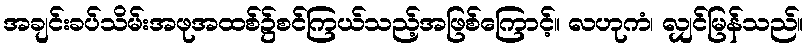
အချင်းခပ်သိမ်းအဖုအထစ်၌စင်ကြယ်သည့်အဖြစ်ကြောင့်။ လဟုကံ၊ လျှင်မြန်သည်။